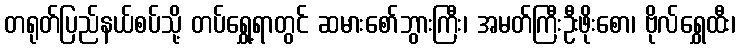
တရုတ်ပြည်နယ်စပ်သို့ တပ်ရွှေ့ရာတွင် ဆမားစော်ဘွားကြီး၊ အမတ်ကြီးဦးဖိုးစော၊ ဗိုလ်ရွှေထီး၊